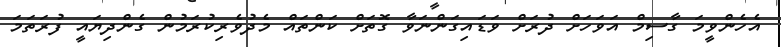
އެހެންވީމަ ގާސިމް އަވަހަށް ދުރަށް ވަޑައިގަންނަވާ ގޮތަށް ކަންތައް މެދުވެރިކުރަމުން ގެންދިޔައީ ފުރަތަމަ